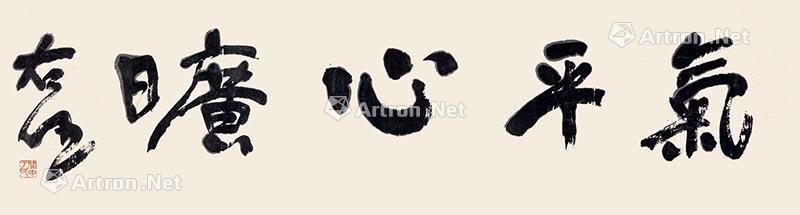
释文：气平心旷右任